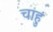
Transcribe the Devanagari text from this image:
चाहुं